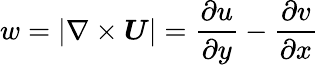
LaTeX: w=|\nabla\times\boldsymbol{U}|=\frac{\partial u}{\partial y}-\frac{\partial v}{\partial x}